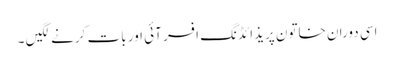
اسی دوران خاتون پریذائڈنگ افسر آئی اور بات کرنے لگیں ۔